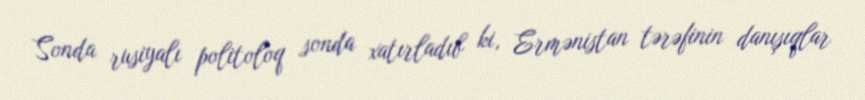
Sonda rusiyalı politoloq sonda xatırladıb ki, Ermənistan tərəfinin danışıqlar